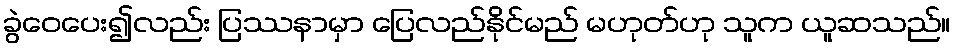
ခွဲဝေပေး၍လည်း ပြဿနာမှာ ပြေလည်နိုင်မည် မဟုတ်ဟု သူက ယူဆသည်။